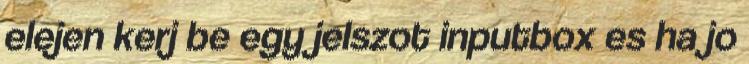
elejen kerj be egy jelszot inputbox es ha jo